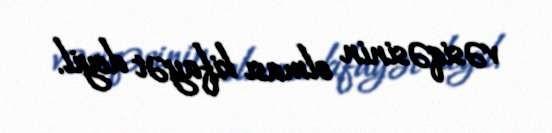
vəsiqəsinin olması kifayət deyil.